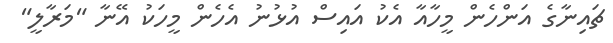
ޗައިނާގެ އަންހެން މީހާއާ އެކު އައިސް އުޅުނު އެހެން މީހަކު އޭނާ "މަރާލީ"